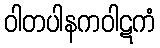
ဝါတပါနကဝါဋကံ